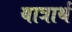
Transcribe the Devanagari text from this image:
यात्रार्थ